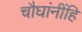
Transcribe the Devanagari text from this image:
चौघांनींहि